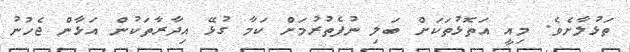
ތަޅުލާށެވެ. މިއީ އަތޮޅުތަކަށް ބަލި ނުފެތުރުމަށް ކަމާ ގުޅޭ އިދާރާތަކުން އަޅާން ޖެހުނު